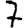
Digit: 7